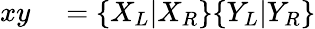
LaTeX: \begin{array}{rl}{xy}&{{}=\{ X_{L}|X_{R}\} \{ Y_{L}|Y_{R}\} }\end{array}